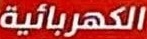
الكهربائیة